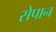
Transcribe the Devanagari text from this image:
सेपान